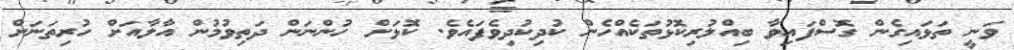
ވަނީ ތަޅައިގެން ގޮސްފައިވާ ބިއްލުރިކޮޅުތަކެއްހެން ކުދިކުދިވެފައެވެ. ކޮޅަށް ހުންނަން ދަތިވުމުން އާލާއަށް ހުރިތަނަށް